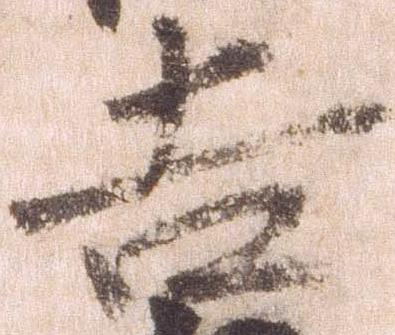
吉